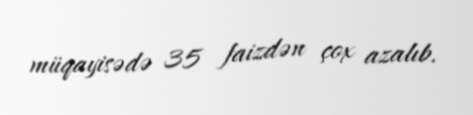
müqayisədə 35 faizdən çox azalıb.